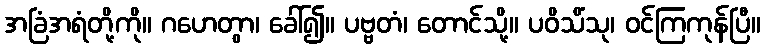
အခြံအရံတို့ကို။ ဂဟေတွာ၊ ခေါ်၍။ ပဗ္ဗတံ၊ တောင်သို့။ ပဝိသိံသု၊ ဝင်ကြကုန်ပြီ။